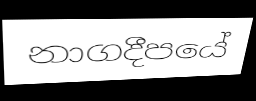
නාගදීපයේ